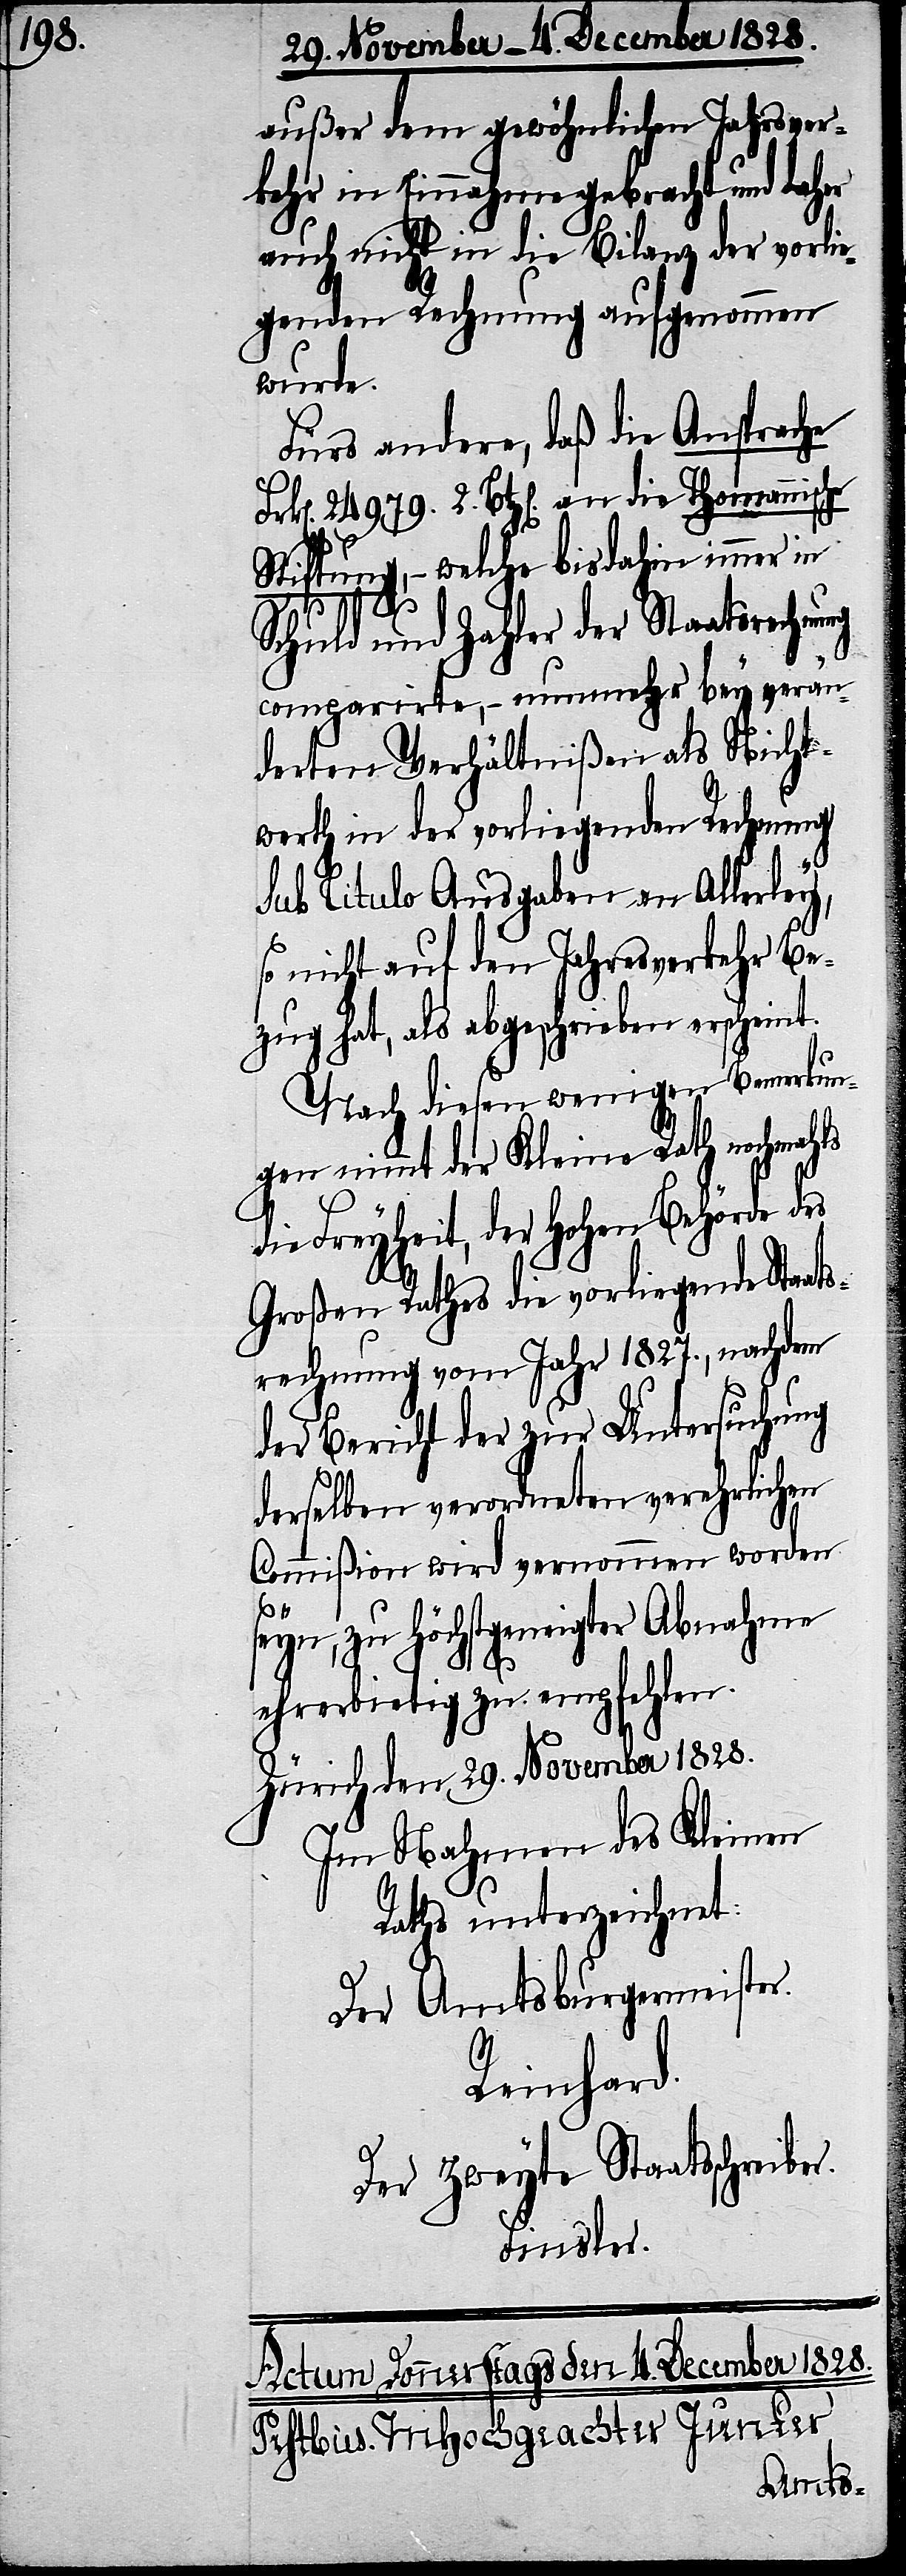
außer dem gewöhnlichen Jahresver¬
kehr in Einnahme gebracht und
auch nicht in die Bilanz der vorlie¬
genden Rechnung aufgenommen
wurde.
Fürs andere, daß die Ansprache
n]. 24979. 2. Btz[en]. an die Thomannische
Stiftung, welche bis dahin immer in
Schuld und Zahler der Staatsrechnung
comparirte, – nunmehr bey verän¬
derten Verhältnißen als Nicht¬
werth in der vorliegenden Rechnung
sub titulo Ausgaben an Allerley,
so nicht auf den Jahresverkehr Be¬
zug hat, als abgeschrieben erscheint.
Nach diesen wenigen Bemerkun¬
gen nimmt der Kleine Rath nochmahls
die Freyheit, der Hohen Behörde des
Großen Rathes die vorliegende Staats¬
rechnung vom Jahr 1827., nachdem
der Bericht der zur Untersuchung
derselben verordneten verehrlichen
Commißion wird vernommen worden
seyn, zu höchstgeneigter Abnahme
r.
ehrerbietig zu empfehlen.
Zürich den 29. November 1828.
Im Nahmen des Kleinen
Raths unterzeichnet:
Der Amtsburgermeister.
Reinhard.
Der Zweyte Staatsschreibe¬
Finsler.
Frk[e¬